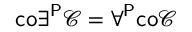
{ \mathsf { c o } } \exists ^ { \mathsf { P } } { \mathcal { C } } = \forall ^ { \mathsf { P } } { \mathsf { c o } } { \mathcal { C } }